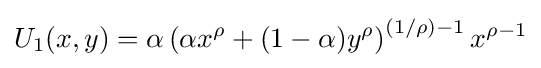
U_{1}(x,y)=\alpha \left(\alpha x^{\rho }+(1-\alpha )y^{\rho }\right)^{\left(1/\rho \right)-1}x^{\rho -1}